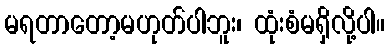
မရတာတော့မဟုတ်ပါဘူး၊ ထုံးစံမရှိလို့ပါ။